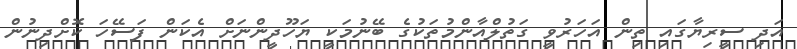
އަދި ސީރިޔާގައި ތިން އަހަރުވީ ގަތުލްއާންމުތަކުގެ ބޭނުމަކީ ޔަހޫދީންނަށް އެކަން ފަސޭހަ ކޮށްދިނުން